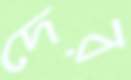
দের